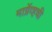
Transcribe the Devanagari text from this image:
मार्ग्रेव्हची